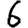
Digit: 6